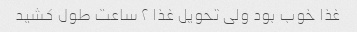
غذا خوب بود ولی تحویل غذا ۲ ساعت طول کشید